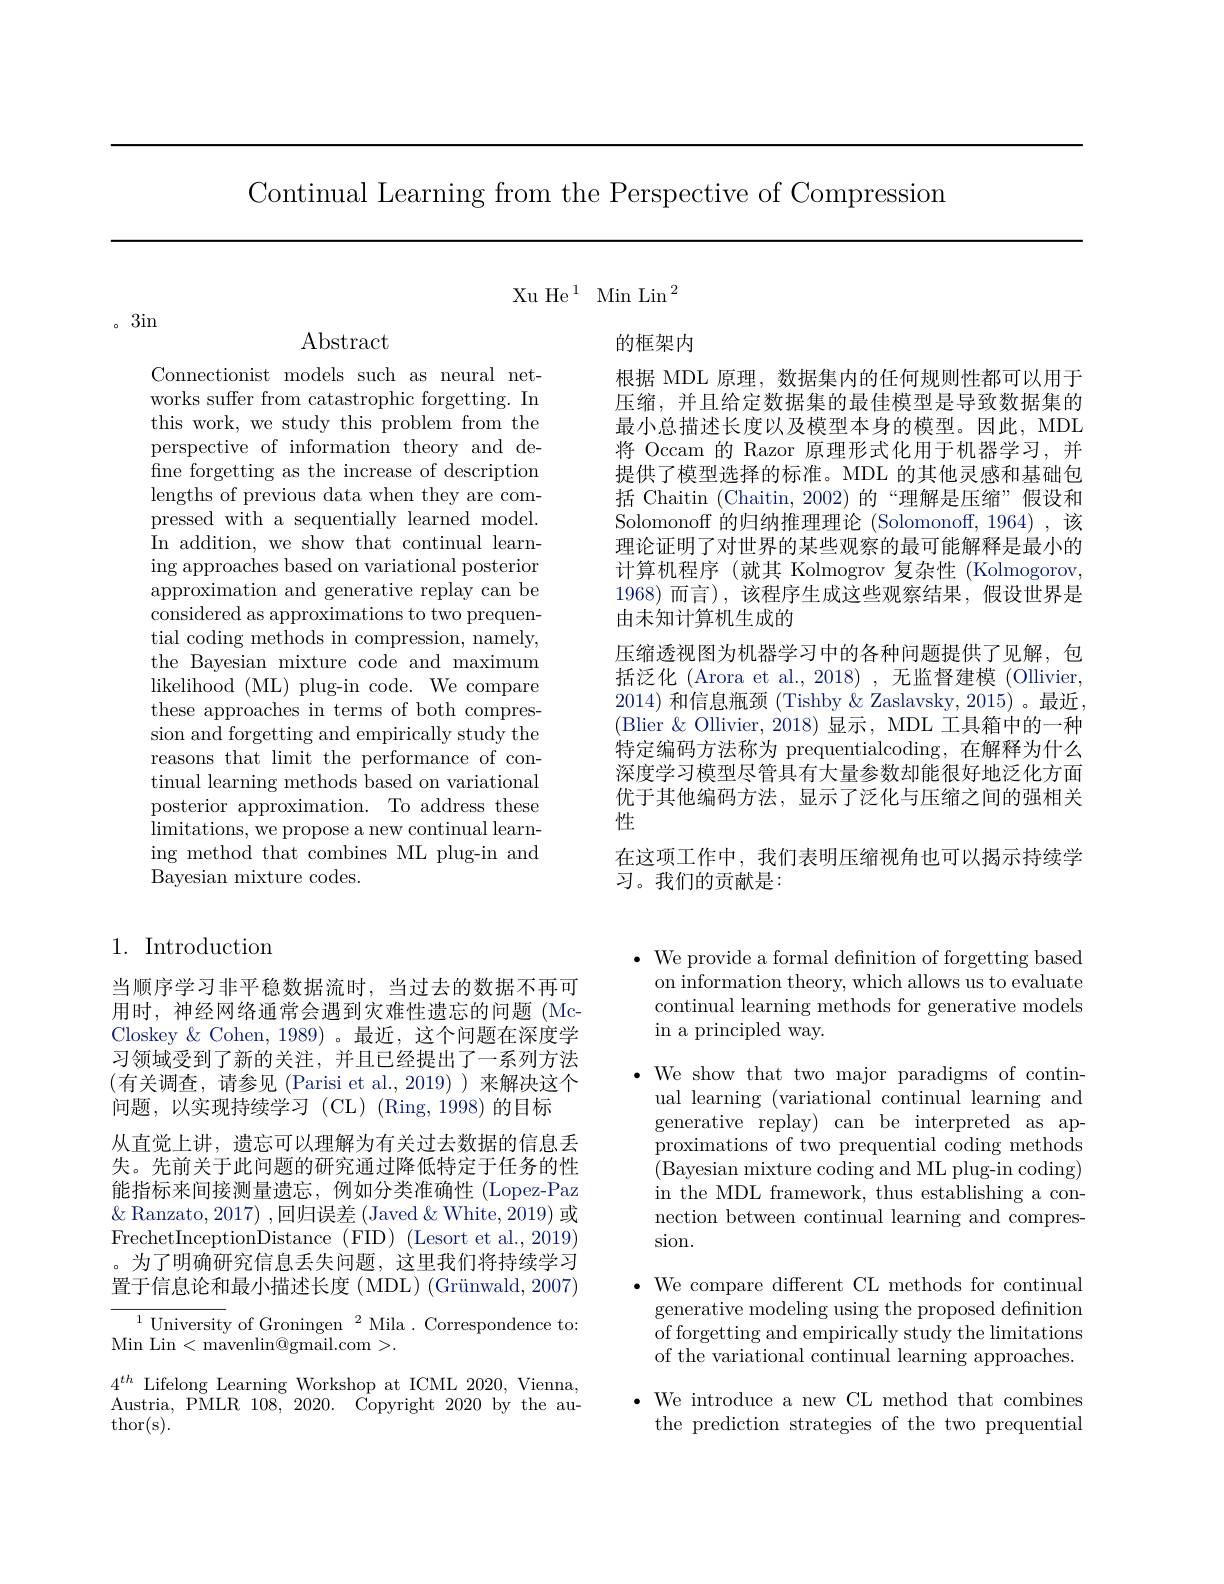
Continual Learning from the Perspective of Compression

$\mathrm{Xu~He~}^{1}$ $\mathrm{Min~Lin~}^{2}$

。3in

$\operatorname{Abstract}$

Connectionist models such as neural networks suffer from catastrophic forgetting. In this work, we study this problem from the perspective of information theory and define forgetting as the increase of description lengths of previous data when they are compressed with a sequentially learned model. In addition, we show that continual learning approaches based on variational posterior approximation and generative replay can be considered as approximations to two prequential coding methods in compression, namely, the Bayesian mixture code and maximum ${\mathrm{likelihood~(ML)~plug-in~code.~We~compare}}$ these approaches in terms of both compression and forgetting and empirically study the reasons that limit the performance of continual learning methods based on variational posterior approximation. To address these $\operatorname*{limitations,~we~propose~a~new~continual~learn-}$ ing method that combines ML plug-in and Bayesian mixture codes.

## 1. Introduction

当顺序学习非平稳数据流时，当过去的数据不再可用时，神经网络通常会遇到灾难性遗忘的问题(Mc-) Closkey & Cohen, 1989) 。最近，这个问题在深度学习领域受到了新的关注，并且已经提出了一系列方法(有关调查，请参见(Parisi et al.,2019))来解决这个问题，以实现持续学习(CL)(Ring,1998)的目标
从直觉上讲，遗忘可以理解为有关过去数据的信息丢失。先前关于此问题的研究通过降低特定于任务的性能指标来间接测量遗忘，例如分类准确性(Lopez-Paz $\&$ Ranzato, 2017) ,回归误差 (Javed & White, 2019) 或FrechetInceptionDistance (FID) (Lesort et al., 2019) 。为了明确研究信息丢失问题，这里我们将持续学习置于信息论和最小描述长度(MDL)(Grünwald,2007) $^{1}$University of Groningen$^2$Mila. Correspondence to:
Min Lin< mavenlin@ gmail. com> .
$4^{th}$ Lifelong Learning Workshop at ICML 2020,Vienna, Austria, PMLR 108, 2020. Copyright 2020 by the au- $\operatorname{thor(s)}.$

的框架内
根据 MDL 原理，数据集内的任何规则性都可以用于压缩，并且给定数据集的最佳模型是导致数据集的最小总描述长度以及模型本身的模型。因此，MDL 将 Occam 的 Razor 原理形式化用于机器学习，并提供了模型选择的标准。MDL 的其他灵感和基础包括 Chaitin (Chaitin,2002)的“理解是压缩”假设和Solomonoff 的归纳推理理论 (Solomonoff, 1964) ,该理论证明了对世界的某些观察的最可能解释是最小的计算机程序(就其 Kolmogrov 复杂性(Kolmogorov, 1968)而言),该程序生成这些观察结果，假设世界是由未知计算机生成的
压缩透视图为机器学习中的各种问题提供了见解，包括泛化 (Arora et al., 2018) , 无监督建模 (Ollivier, 2014)和信息瓶颈 (Tishby & Zaslavsky, 2015)。最近(Blier $\&$ Ollivier, 2018)显示，MDL 工具箱中的一种特定编码方法称为 prequentialcoding,在解释为什么深度学习模型尽管具有大量参数却能很好地泛化方面优于其他编码方法，显示了泛化与压缩之间的强相关性
在这项工作中，我们表明压缩视角也可以揭示持续学
习。我们的贡献是：

$\bullet$ We provide a formal defnition of forgetting based
on information theory, which allows us to evaluate continual learning methods for generative models in a principled way.

$\cdot$ We show that two major paradigms of continual learning (variational continual learning and generative replay) can be interpreted as approximations of two prequential coding methods (Bayesian mixture coding and ML plug-in coding) in the MDL framework, thus establishing a connection between continual learning and compression.

$\bullet$ We compare different CL methods for continual
generative modeling using the proposed definition of forgetting and empirically study the limitations of the variational continual learning approaches.
$\bullet$ We introduce a new CL method that combines
the prediction strategies of the two prequential